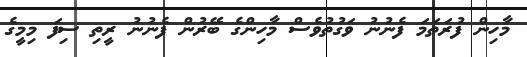
މާހިން ފުރަތަމަ ފެނުނު ވަގުތުވެސް މާހިންގެ ބޭރުން ފެނުނު ރީތި ސިފަ މިމީގެ